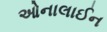
ઓનાલાઈન